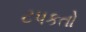
ટપકતો